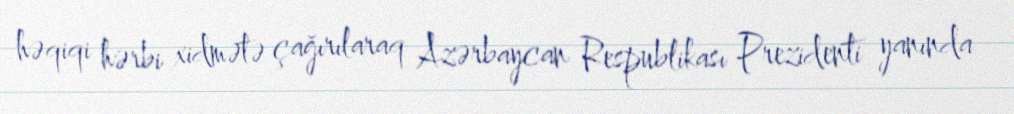
həqiqi hərbi xidmətə çağırılaraq Azərbaycan Respublikası Prezidenti yanında